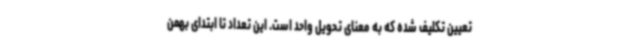
تعیین تکلیف شده که به معنای تحویل واحد است. این تعداد تا ابتدای بهمن